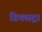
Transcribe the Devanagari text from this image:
डिक्सट्रा